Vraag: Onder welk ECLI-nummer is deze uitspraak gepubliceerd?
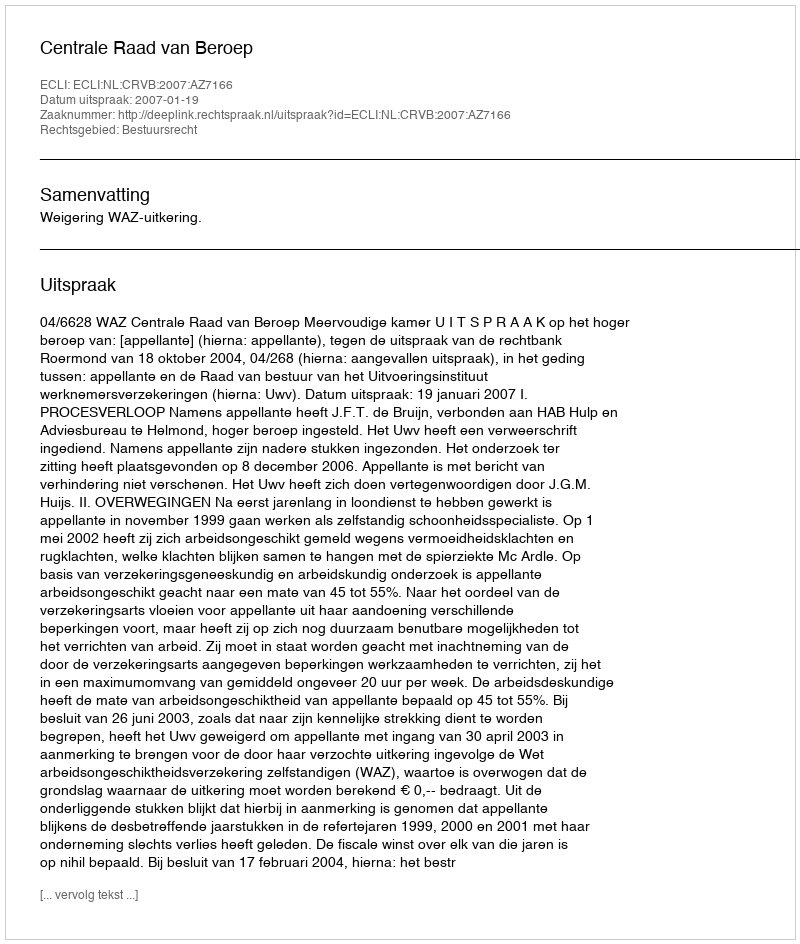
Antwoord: ECLI:NL:CRVB:2007:AZ7166